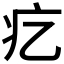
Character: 𤴥